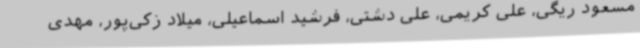
مسعود ریگی، علی کریمی، علی دشتی، فرشید اسماعیلی، میلاد زکی‌پور، مهدی